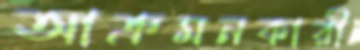
আক্রমনকারী